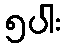
၅ပါး